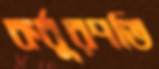
কর্বুরপতি